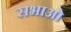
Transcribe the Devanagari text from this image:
सभाओ